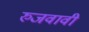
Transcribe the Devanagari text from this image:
रुजवावी